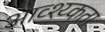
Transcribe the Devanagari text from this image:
आव्श्य्कता